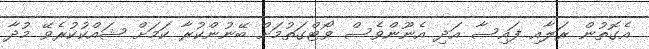
އެގޮތުން ރަލާއި ފައިސާ އަދި އެނޫންވެސް ވޯޓްގަތުމަށް ބޭނުންކުރާ ކަމަށް ޝައްކުކުރެވޭ މުދާ